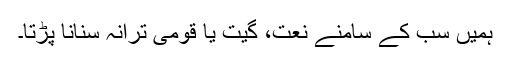
ہمیں سب کے سامنے نعت، گیت یا قومی ترانہ سنانا پڑتا۔